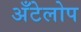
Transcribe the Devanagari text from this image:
अँटेलोप